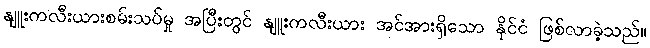
နျူးကလီးယားစမ်းသပ်မှု အပြီးတွင် နျူးကလီးယား အင်အားရှိသော နိုင်ငံ ဖြစ်လာခဲ့သည်။